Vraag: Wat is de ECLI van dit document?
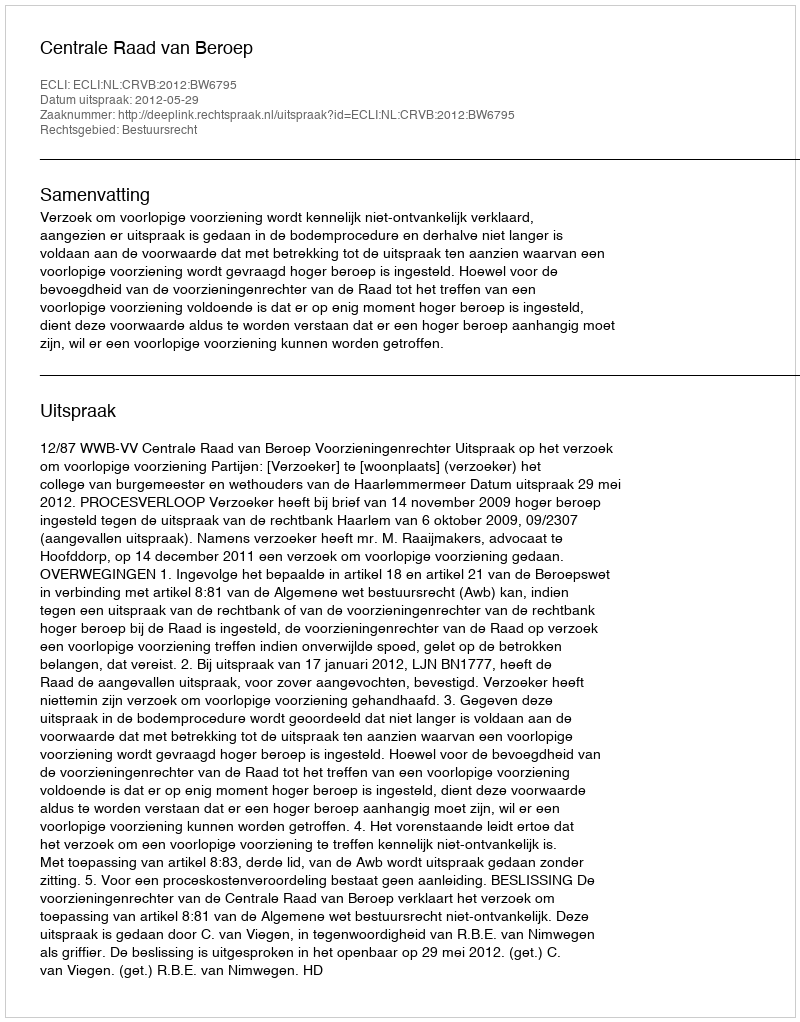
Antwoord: ECLI:NL:CRVB:2012:BW6795